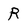
Character: R